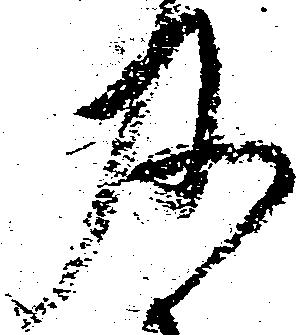
及